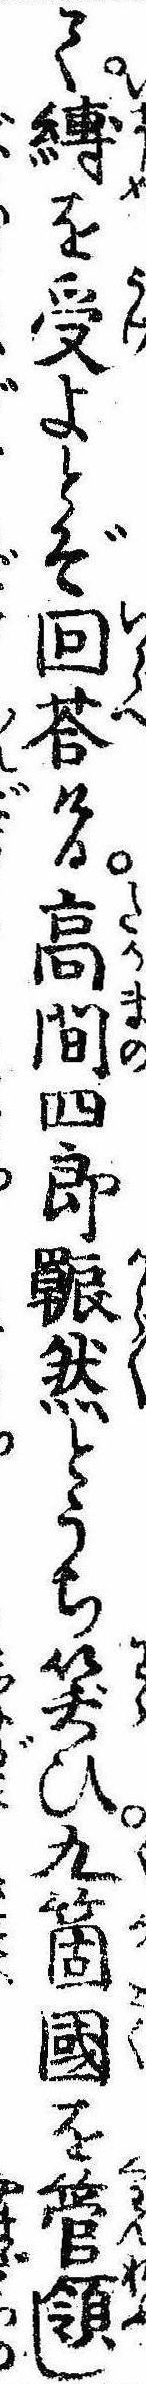
て縛を受よとぞ回荅ける高間四郎然とうち笑ひ九箇国を管領し